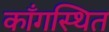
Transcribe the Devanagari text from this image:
काँगस्थित